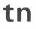
tn